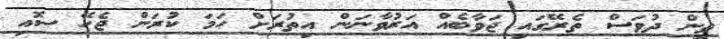
ތިން ދުވަސް ތެރޭގައި ޖަވާބެއް އަރުވާނަން އިތުރަށް ހަމަ ކުރަން ޖެހޭ ސޮއި